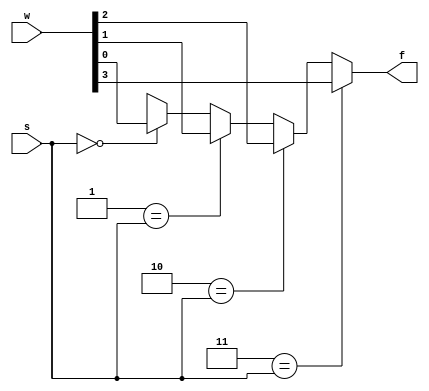
`timescale 1ns / 1ps
//////////////////////////////////////////////////////////////////////////////////
// Company: 
// Engineer: 
// 
// Design Name: 
// Module Name: MUX
// Project Name: 
// Target Devices: 
// Tool Versions: 
// Description: 
// 
// Dependencies: 
// 
// Revision:
// Revision 0.01 - File Created
// Additional Comments:
// 
//////////////////////////////////////////////////////////////////////////////////


module MUX #(parameter N = 4)(
    input [N-1:0] w,
    input [$clog2(N)-1:0] s,
    output reg f
    );
    
    integer I ;
    always @(*)
    begin
     f = 'bx;
        for(I=0;I<N;I=I+1)
                if (I == s)
                    f = w[I];
    end
endmodule